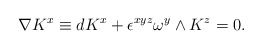
\begin{align*}\nabla K^x\equiv dK^x +\epsilon^{xyz}\omega^y\wedge K^z=0.\end{align*}